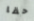
حقا